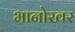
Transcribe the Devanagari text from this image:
भानोखर